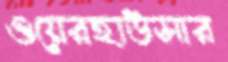
ওয়েরহাউসার